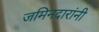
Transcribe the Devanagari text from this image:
जमिनदारांनी